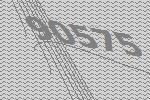
90575